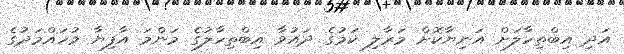
އަދި އިބްތިހާލަށް އަނިޔާކޮށް މަރާލި ކަމުގެ ދައުވާ އިބްތިހާލުގެ މަންމަ އާފިޔާ މުހައްމަދުގެ